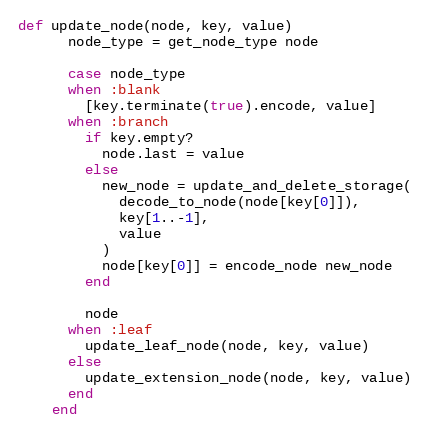
Language: Ruby
def update_node(node, key, value)
      node_type = get_node_type node

      case node_type
      when :blank
        [key.terminate(true).encode, value]
      when :branch
        if key.empty?
          node.last = value
        else
          new_node = update_and_delete_storage(
            decode_to_node(node[key[0]]),
            key[1..-1],
            value
          )
          node[key[0]] = encode_node new_node
        end

        node
      when :leaf
        update_leaf_node(node, key, value)
      else
        update_extension_node(node, key, value)
      end
    end